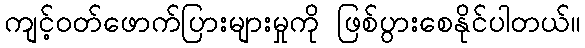
ကျင့်ဝတ်ဖောက်ပြားများမှုကို ဖြစ်ပွားစေနိုင်ပါတယ်။